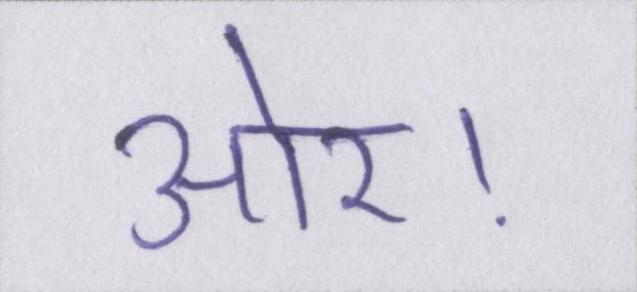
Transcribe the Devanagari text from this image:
ओर।